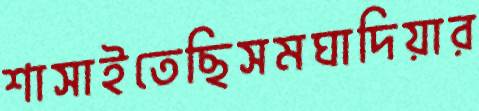
শাসাইতেছিসমঘাদিয়ার